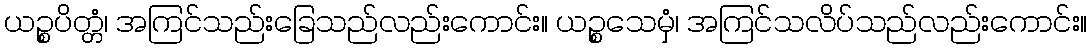
ယဉ္စပိတ္တံ၊ အကြင်သည်းခြေသည်လည်းကောင်း။ ယဉ္စသေမှံ၊ အကြင်သလိပ်သည်လည်းကောင်း။